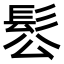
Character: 䯳